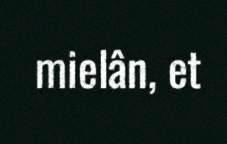
mielân, et